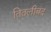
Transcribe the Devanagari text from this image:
तितलीबंद